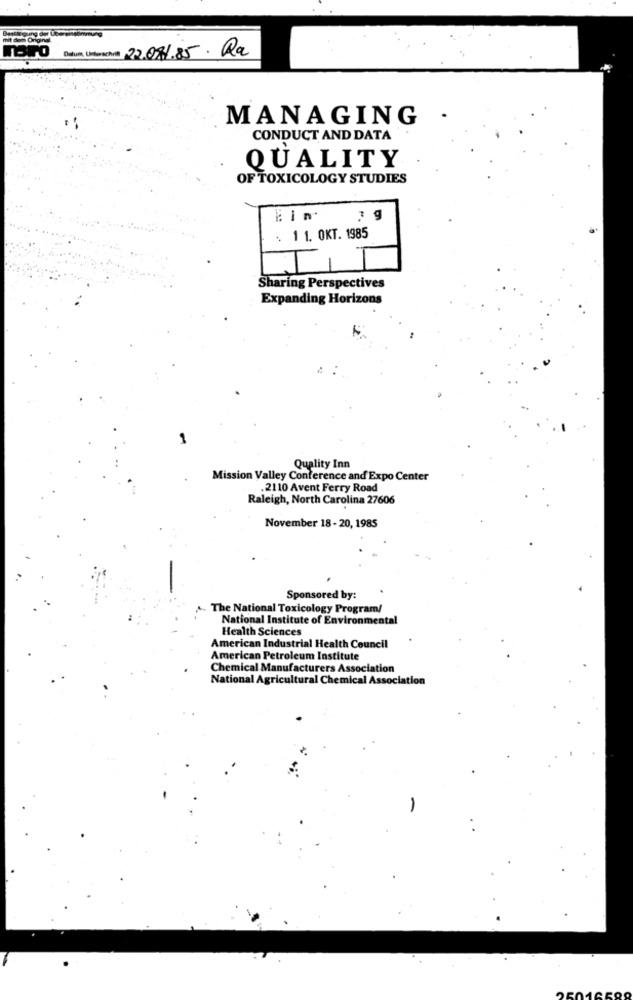
Datum, Unterschrift 22.07/85. Ra
MANAGING
.
CONDUCT AND DATA
QUALITY
OF TOXICOLOGY STUDIES
-
7 g
: 1 1. OKT. 1985
III
Sharing Perspectives
Expanding Horizons
Quality Inn
Mission Valley Conference and Expo Center
. 2110 Avent Ferry Road
Raleigh, North Carolina 27606
November 18- 20, 1985
Sponsored by:
The National Toxicology Program/
National Institute of Environmental
Health Sciences
American Industrial Health Council
American Petroleum Institute
Chemical Manufacturers Association
National Agricultural Chemical Association